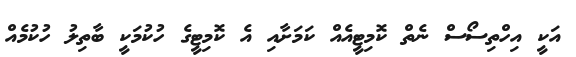
އަކީ އިހްތިސޯސް ނެތް ކޮމިޓީއެއް ކަމަށާއި އެ ކޮމިޓީގެ ހުކުމަކީ ބާތިލު ހުކުމެއް